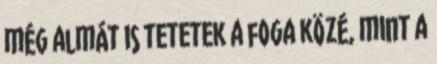
még almát is tetetek a foga közé, mint a